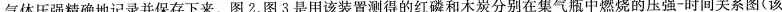
气体压强精确地记录并保存下来。图2、图3是用该装置测得的红磷和木炭分别在集气瓶中燃烧的压强-时间关系图(该